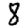
Digit: 8